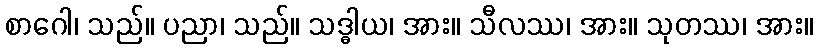
စာဂေါ၊ သည်။ ပညာ၊ သည်။ သဒ္ဓါယ၊ အား။ သီလဿ၊ အား။ သုတဿ၊ အား။